Annual administration and progress report of the Indian Medical Department, Bombay
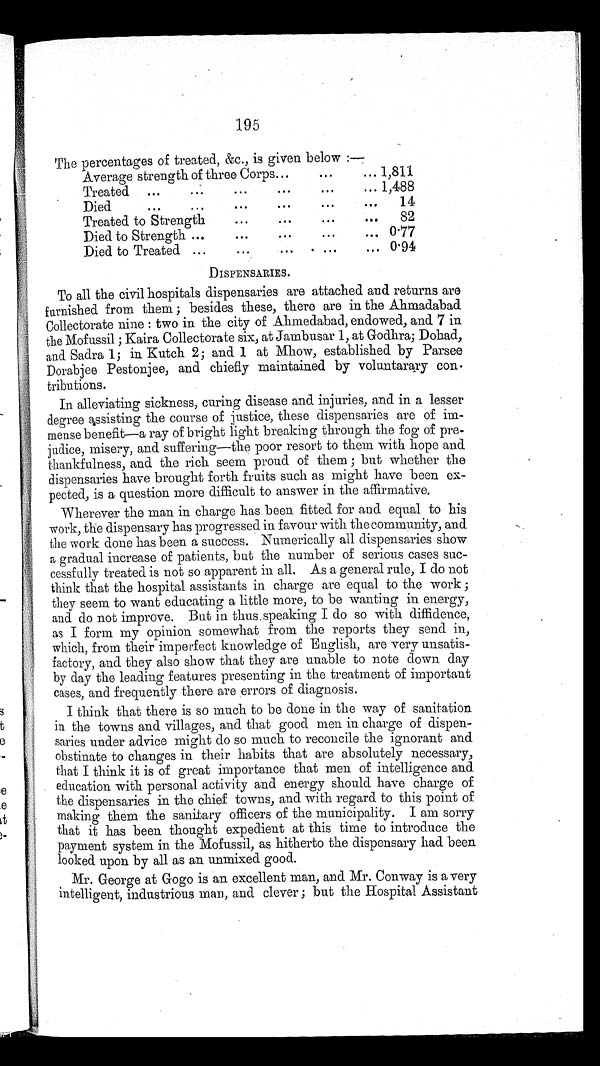
195
The percentages of treated, &c., is given below :—
Average strength of three Corps
. 1,811
Treated
1,488
D i e d
14
Treated to Strength
82
Died to Strength
0.77
Died to Treated
0.94
D ISPENSARIES.
To all the civil hospitals dispensaries are attached and returns are
furnished from them ; besides these, there are in the Ahmadabad
Collectorate nine : two in the city of Ahmedabad, endowed, and 7 in
the Mofussil ; Kaira Collectorate six, at Jambusar 1, at Godlira; Dohad,
and Sadra 1; in Kutch 2; and 1 at Mhow, established by Parsee
Dorabjee Pestonjee, and chiefly maintained by voluntarary con-
tributions.
In alleviating sickness, curing disease and injuries, and in a lesser
degree assisting the course of justice, these dispensaries are of im-
mense benefit—a ray of bright light breaking through the fog of pre-
j u d i c e , m i s e r y , a n d s u f f e r i n g — t h e p o o r r e s o r t t o t h e m w i t h h o p e a n d
thankfulness, and the rich seem proud of them ; but whether the
dispensaries have brought forth fruits such as might have been ex-
pected, is a question more difficult to answer in the affirmative,
Wherever the man in charge has been fitted for and equal to his
work, the dispensary has progressed in favour with the community, and
the work done has been a success. Numerically all dispensaries show
a gradual increase of patients, but the number of serious cases suc-
cessfully treated is not so apparent in all, As a general rule, I do not
think that the hospital assistants in charge are equal to the work ;
they seem to want educating a little more, to be wanting in energy,
and do not improve. But in thus.speaking I do so with diffidence,
as I form my opinion somewhat from the reports they send in,
which, from their imperfect knowledge of English, are very unsatis-
factory, and they also show that they are unable to note down day
by day the leading features presenting in the treatment of important
cases, and frequently there are errors of diagnosis.
I think that there is so much to be done in the way of sanitation
in the towns and villages, and that good men in charge of dispen-
saries under advice might do so much to reconcile the ignorant and
obstinate to changes in their habits that are absolutely necessary,
that I think it is of great importance that men of intelligence and
education with personal activity and energy should have charge of
the dispensaries in the chief towns, and with regard to this point of
making them the sanitary officers of the municipality. I am sorry
that it has been thought expedient at this time to introduce the
payment system in the Mofussil, as hitherto the dispensary had been
looked upon by all as an unmixed good.
Mr. George at Gogo is an excellent man, and Mr. Conway is a very
intelligent, industrious man, and clever ; but the Hospital Assistant